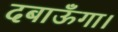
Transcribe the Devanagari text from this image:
दबाऊँगा।